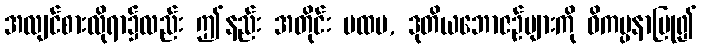
အလျင်စားလိုရာ၌လည်း ဤနည်း အတိုင်း ပထမ, ဒုတိယဘောဇဉ်များကို ဝိကပ္ပနာပြု၍